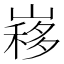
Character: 𡻣